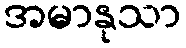
အမာနုသာ